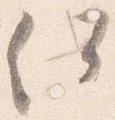
何